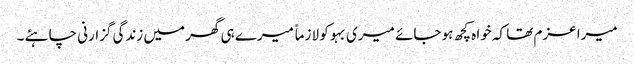
میرا عزم تھا کہ خوا ہ کچھ ہو جائے میری بہو کو لازماً میرے ہی گھر میں زندگی گزارنی چاہئے ۔